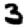
Digit: 3